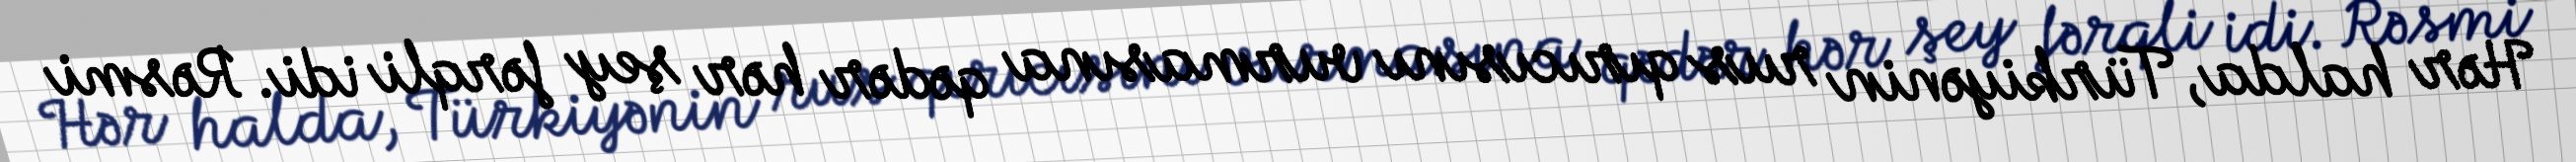
Hər halda, Türkiyənin rus qırıcısını vurmasına qədər hər şey fərqli idi. Rəsmi